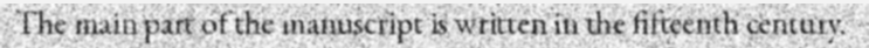
The main part of the manuscript is written in the fifteenth century.